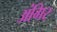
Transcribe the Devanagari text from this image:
अंगिर